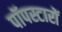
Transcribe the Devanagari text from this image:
पॉपस्टारों